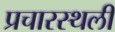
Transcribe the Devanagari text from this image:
प्रचारस्‍थली